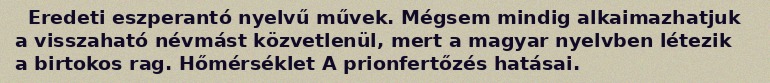
Eredeti eszperantó nyelvű művek. Mégsem mindig alkaimazhatjuk a visszaható névmást közvetlenül, mert a magyar nyelvben létezik a birtokos rag. Hőmérséklet A prionfertőzés hatásai.